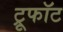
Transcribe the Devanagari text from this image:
ट्रूफॉट